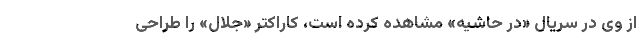
از وی در سریال «در حاشیه» مشاهده کرده است، کاراکتر «جلال» را طراحی